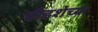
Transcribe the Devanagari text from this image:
दीडशेच्या